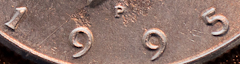
1995